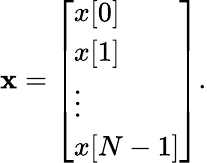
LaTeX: \mathbf{x}={\left[\begin{array}{l}{x[0]}\\ {x[1]}\\ {\vdots}\\ {x[N-1]}\end{array}\right]}.